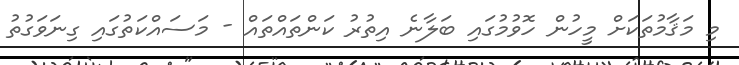
މި މަޤާމުތަކަށް މީހުން ހޮވުމުގައި ބަލާނެ އިތުރު ކަންތައްތައް - މަސައްކަތުގައި ގިނަވަގުތު